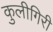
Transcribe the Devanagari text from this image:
कुलीगिरी